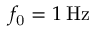
f _ { \mathrm { 0 } } = 1 \: \mathrm { H z }